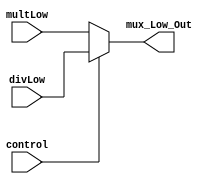
module mux_Low(input wire [31:0] multLow,
               input wire [31:0] divLow,
              input wire control,
               output wire [31:0] mux_Low_Out);

  assign mux_Low_Out = (control == 1'b0) ? multLow : divLow;


endmodule